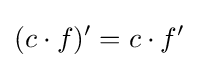
(c\cdot f)^{\prime }=c\cdot f^{\prime }